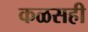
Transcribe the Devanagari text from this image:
कळसही